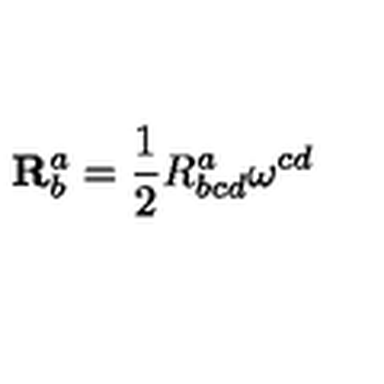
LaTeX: \mathbf { R } _ { b } ^ { a } = \frac { 1 } { 2 } R _ { b c d } ^ { a } \mathbf { \omega } ^ { c d }